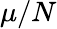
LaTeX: \mu/N